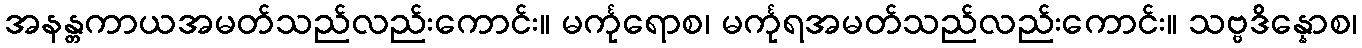
အနန္တကာယအမတ်သည်လည်းကောင်း။ မင်္ကုရောစ၊ မင်္ကုရအမတ်သည်လည်းကောင်း။ သဗ္ဗဒိန္နောစ၊